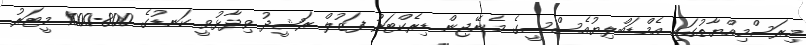
މިރަސްމިއްޔާތުގައި އެމްޑަބްލިޔުއެސްސީގެ މެނޭޖިން ޑިރެކްޓަރު ފަޒުލް ރަޝީދު ވިދާޅުވީ ކަނޑުގެ 800-1000 މީޓަރު